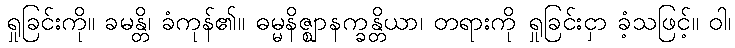
ရှုခြင်းကို။ ခမန္တိ၊ ခံကုန်၏။ ဓမ္မနိဇ္ဈာနက္ခန္တိယာ၊ တရားကို ရှုခြင်းငှာ ခံ့သဖြင့်။ ဝါ၊